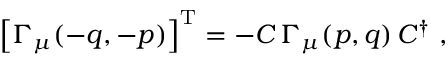
\left[ \Gamma _ { \mu } ( - q , - p ) \right] ^ { \mathrm { T } } = - { \cal C } \, \Gamma _ { \mu } ( p , q ) \, { \cal C } ^ { \dagger } ~ ,